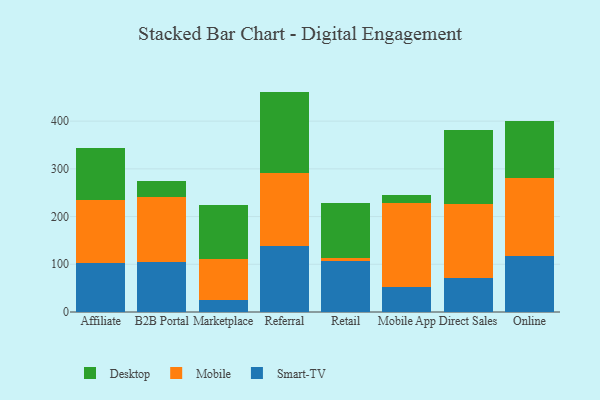
{"axis": {"x": "Channel", "y": "Latency (ms)"}, "legend": ["Desktop", "Mobile", "Smart-TV"], "data": [{"x": "Affiliate", "y": 102.9, "type": "Smart-TV"}, {"x": "Affiliate", "y": 131.1, "type": "Mobile"}, {"x": "Affiliate", "y": 108.7, "type": "Desktop"}, {"x": "B2B Portal", "y": 105.5, "type": "Smart-TV"}, {"x": "B2B Portal", "y": 136.3, "type": "Mobile"}, {"x": "B2B Portal", "y": 32.6, "type": "Desktop"}, {"x": "Marketplace", "y": 25.4, "type": "Smart-TV"}, {"x": "Marketplace", "y": 86.1, "type": "Mobile"}, {"x": "Marketplace", "y": 113.3, "type": "Desktop"}, {"x": "Referral", "y": 138.1, "type": "Smart-TV"}, {"x": "Referral", "y": 153.0, "type": "Mobile"}, {"x": "Referral", "y": 170.8, "type": "Desktop"}, {"x": "Retail", "y": 106.3, "type": "Smart-TV"}, {"x": "Retail", "y": 6.6, "type": "Mobile"}, {"x": "Retail", "y": 116.0, "type": "Desktop"}, {"x": "Mobile App", "y": 51.6, "type": "Smart-TV"}, {"x": "Mobile App", "y": 177.1, "type": "Mobile"}, {"x": "Mobile App", "y": 16.0, "type": "Desktop"}, {"x": "Direct Sales", "y": 70.7, "type": "Smart-TV"}, {"x": "Direct Sales", "y": 156.5, "type": "Mobile"}, {"x": "Direct Sales", "y": 155.0, "type": "Desktop"}, {"x": "Online", "y": 117.8, "type": "Smart-TV"}, {"x": "Online", "y": 163.5, "type": "Mobile"}, {"x": "Online", "y": 118.0, "type": "Desktop"}]}